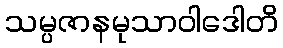
သမ္ပဇာနမုသာဝါဒေါတိ